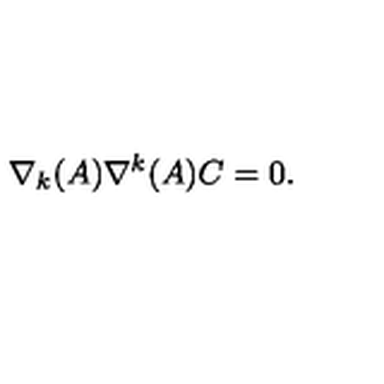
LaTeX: \nabla _ { k } ( A ) \nabla ^ { k } ( A ) C = 0 .